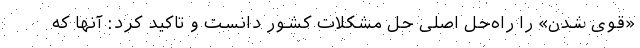
«قوی شدن» را راه‌حل اصلی حل مشکلات کشور دانست و تاکید کرد: آنها که